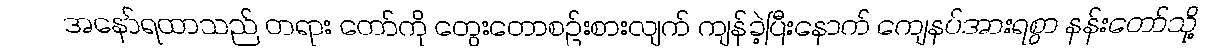
အနော်ရထာသည် တရား တော်ကို တွေးတောစဉ်းစားလျက် ကျန်ခဲ့ပြီးနောက် ကျေနပ်အားရစွာ နန်းတော်သို့